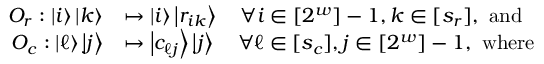
\begin{array} { r l } { O _ { r } : \left| { i } \right\rangle \left| { k } \right\rangle } & { \mapsto \left| { i } \right\rangle \left| { r _ { i k } } \right\rangle \quad \forall i \in [ 2 ^ { w } ] - 1 , k \in [ s _ { r } ] , ~ \mathrm { a n d } } \\ { O _ { c } : \left| { \ell } \right\rangle \left| { j } \right\rangle } & { \mapsto \left| { c _ { \ell j } } \right\rangle \left| { j } \right\rangle \quad \forall \ell \in [ s _ { c } ] , j \in [ 2 ^ { w } ] - 1 , ~ \mathrm { w h e r e } } \end{array}